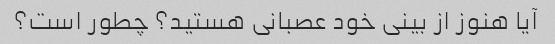
آیا هنوز از بینی خود عصبانی هستید؟ چطور است؟